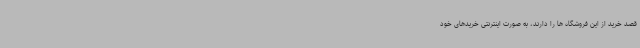
قصد خرید از این فروشگاه ها را دارند، به صورت اینترنتی خریدهای خود